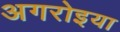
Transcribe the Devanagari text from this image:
अगरोइया